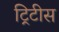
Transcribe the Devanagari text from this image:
ट्रिटीस